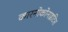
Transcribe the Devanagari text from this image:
कारनोकोनाइटिस